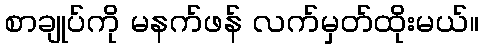
စာချုပ်ကို မနက်ဖန် လက်မှတ်ထိုးမယ်။